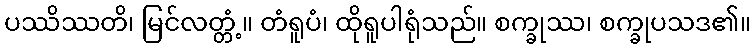
ပဿိဿတိ၊ မြင်လတ္တံ့။ တံရူပံ၊ ထိုရူပါရုံသည်။ စက္ခုဿ၊ စက္ခုပသဒ၏။